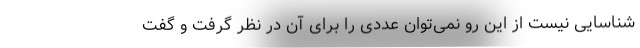
شناسایی نیست از این رو نمی‌توان عددی را برای آن در نظر گرفت و گفت